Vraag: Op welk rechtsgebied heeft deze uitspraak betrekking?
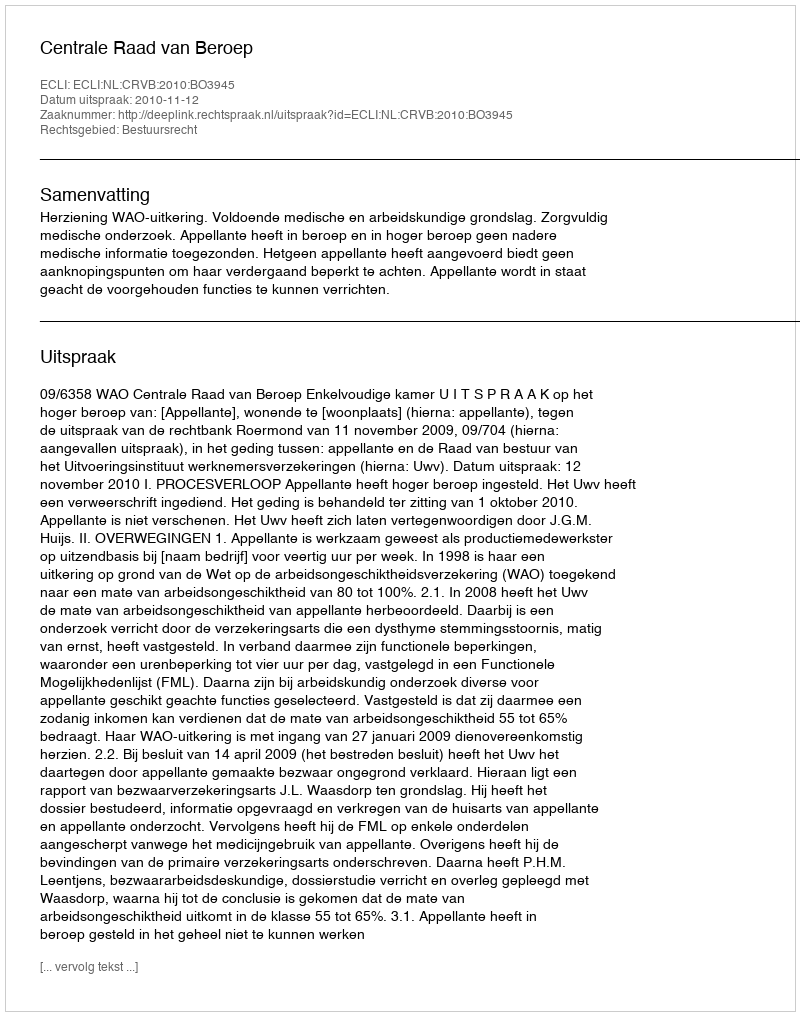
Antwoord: Bestuursrecht